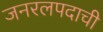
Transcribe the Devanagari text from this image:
जनरलपदाची